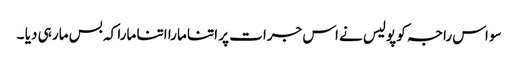
سو اس راجہ کو پولیس نے اس جرات پر اتنا مارا اتنا مارا کہ بس مار ہی دیا ۔